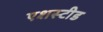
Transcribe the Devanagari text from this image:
एशस्टीड